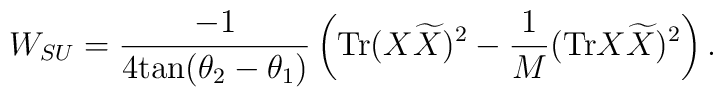
W_{SU} = \frac{-1}{4 \mbox{tan} (\theta_2 - \theta_1) } \left( \mbox{Tr}  ( X {\widetilde X} )^2 - \frac{1}{M} (\mbox{Tr} X {\widetilde X})^2 \right).